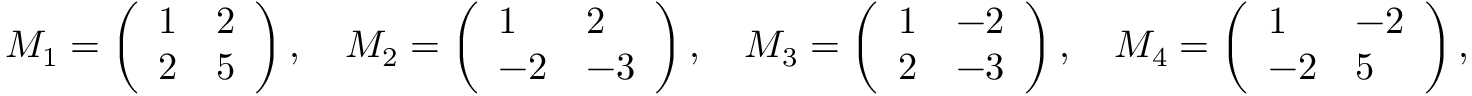
M _ { 1 } = \left( \begin{array} { l l } { 1 } & { 2 } \\ { 2 } & { 5 } \end{array} \right) , \quad M _ { 2 } = \left( \begin{array} { l l } { 1 } & { 2 } \\ { - 2 } & { - 3 } \end{array} \right) , \quad M _ { 3 } = \left( \begin{array} { l l } { 1 } & { - 2 } \\ { 2 } & { - 3 } \end{array} \right) , \quad M _ { 4 } = \left( \begin{array} { l l } { 1 } & { - 2 } \\ { - 2 } & { 5 } \end{array} \right) ,